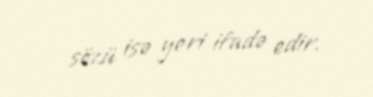
sözü isə yeri ifadə edir.